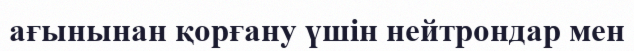
ағынынан қорғану үшін нейтрондар мен